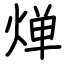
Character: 𬊤